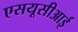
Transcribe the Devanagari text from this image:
एसयूसीआई